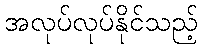
အလုပ်လုပ်နိုင်သည့်